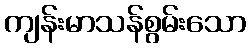
ကျန်းမာသန်စွမ်းသော